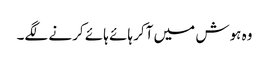
وہ ہوش میں آکر ہائے ہائے کرنے لگے۔